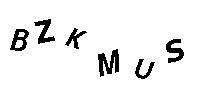
BZKMUS